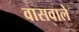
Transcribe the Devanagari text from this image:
वासवाले